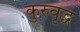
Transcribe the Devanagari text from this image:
कुरुवृद्ध